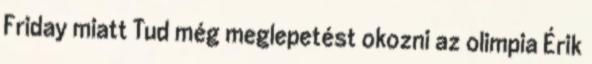
Friday miatt Tud még meglepetést okozni az olimpia Érik